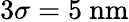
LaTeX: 3\sigma=5~\mathrm{nm}